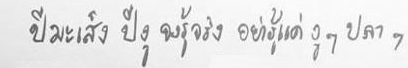
ปีมะเส็ง ปีงู จงรู้จริง อย่ารู้แค่งูๆ ปลาๆ